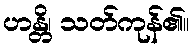
ဟန္တိ၊ သတ်ကုန်၏။